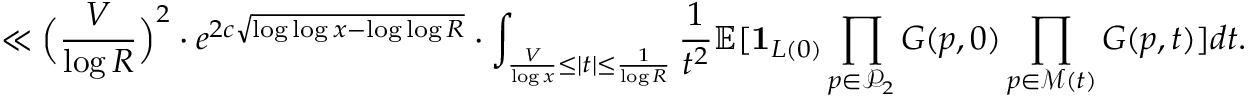
\ll \Big ( \frac { V } { \log R } \Big ) ^ { 2 } \cdot e ^ { 2 c \sqrt { \log \log x - \log \log R } } \cdot \int _ { \frac { V } { \log x } \le | t | \le \frac { 1 } { \log R } } \frac { 1 } { t ^ { 2 } } \mathbb E [ \mathbf { 1 } _ { L ( 0 ) } \prod _ { p \in \mathcal { P } _ { 2 } } G ( p , 0 ) \prod _ { p \in \mathcal { M } ( t ) } G ( p , t ) ] d t .